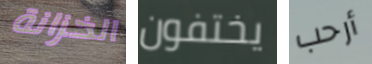
الخزانة يختفون أرحب